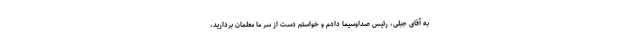
به آقای جبلی، رئیس صداوسیما دادم و خواستم دست از سر ما معلمان بردارید،